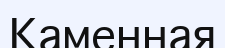
Каменная